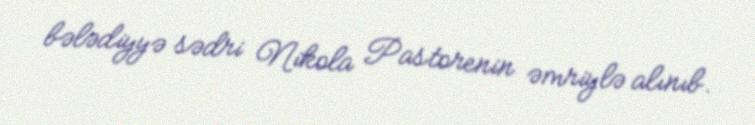
bələdiyyə sədri Nikola Pastorenin əmriylə alınıb.